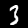
Label: 3